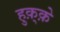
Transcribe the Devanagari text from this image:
हुक़्क़े